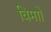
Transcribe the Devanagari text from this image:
विमाों